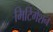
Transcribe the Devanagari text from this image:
मिटिगेशन